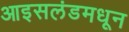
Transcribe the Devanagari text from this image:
आइसलंडमधून